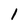
Character: l